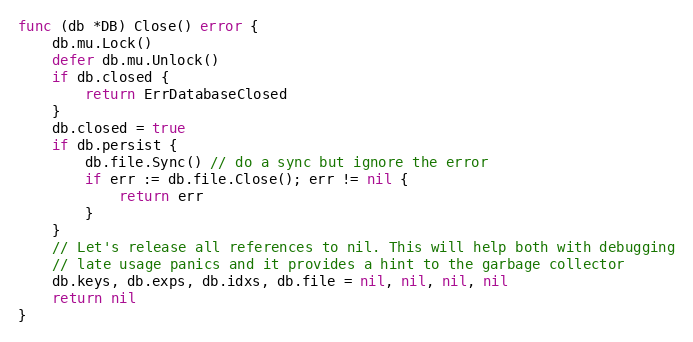
Language: Go
func (db *DB) Close() error {
	db.mu.Lock()
	defer db.mu.Unlock()
	if db.closed {
		return ErrDatabaseClosed
	}
	db.closed = true
	if db.persist {
		db.file.Sync() // do a sync but ignore the error
		if err := db.file.Close(); err != nil {
			return err
		}
	}
	// Let's release all references to nil. This will help both with debugging
	// late usage panics and it provides a hint to the garbage collector
	db.keys, db.exps, db.idxs, db.file = nil, nil, nil, nil
	return nil
}